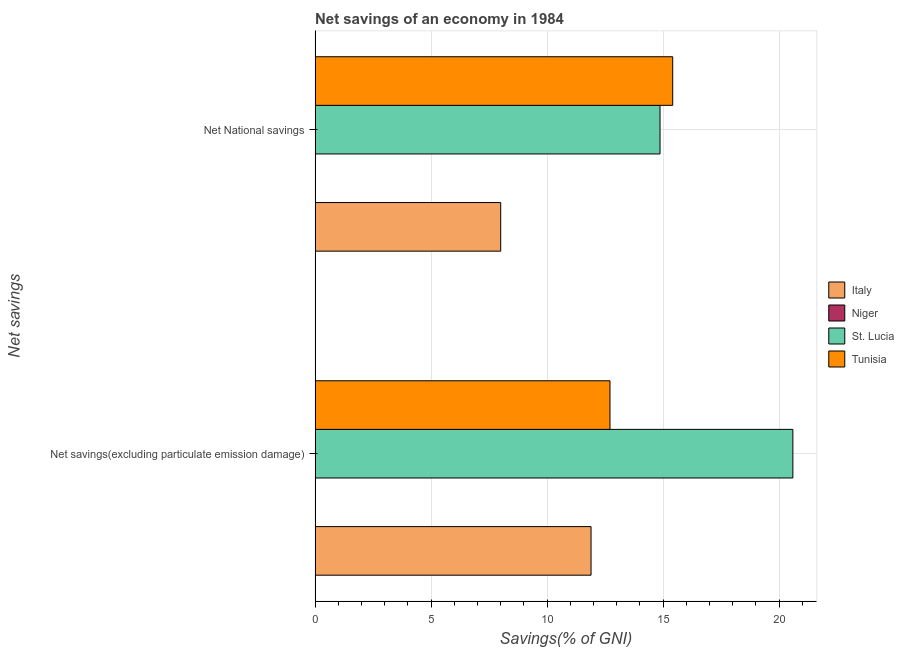
| Net savings | Italy | Niger | St. Lucia | Tunisia |
 | --- | --- | --- | --- | --- |
 | Net savings(excluding particulate emission damage) | 11.9 | -3.38 | 20.6 | 12.7 |
 | Net National savings | 8 | -2.56 | 14.9 | 15.4 |